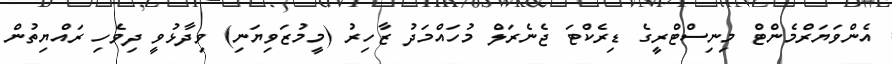
އެންވަޔަރްމެންޓް މިނިސްޓްރީގެ ޑިރެކްޓަ ޖެނެރަލް މުހައްމަދު ޒާހިރު (މީމުޒަވިޔަނި) ވިދާޅުވީ ދިވެހި ރައްޔިތުން